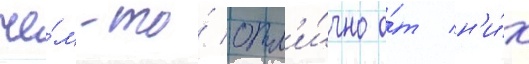
че́м-то́ отл'и́чно о́т н'и́х